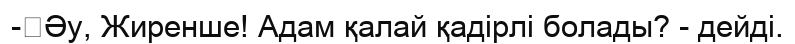
-	Әу, Жиренше! Адам қалай қадірлі болады? - дейді.